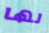
لها